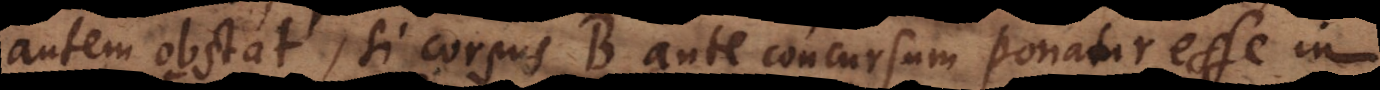
autem obstat, si corpus B ante concursum ponatur esse in